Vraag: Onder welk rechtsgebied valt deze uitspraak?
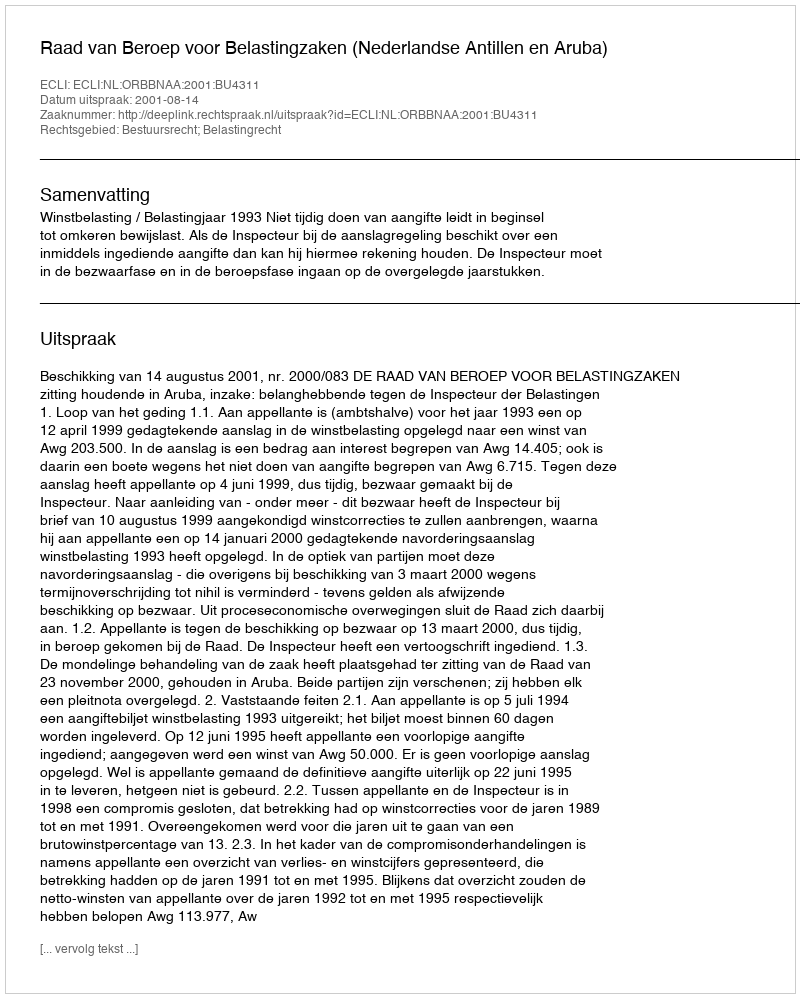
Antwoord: Bestuursrecht; Belastingrecht